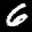
Label: 6